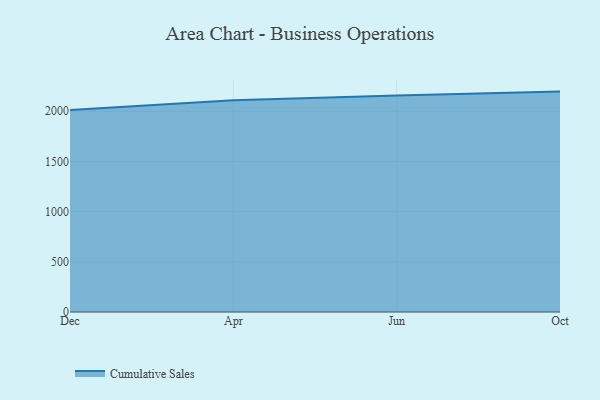
{"axis": {"x": "Month", "y": "Population (Million)"}, "legend": ["Cumulative Sales"], "data": [{"x": "Dec", "y": 2013.0, "type": "Cumulative Sales"}, {"x": "Apr", "y": 2110.9, "type": "Cumulative Sales"}, {"x": "Jun", "y": 2157.8, "type": "Cumulative Sales"}, {"x": "Oct", "y": 2196.0, "type": "Cumulative Sales"}]}